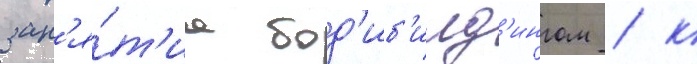
зан'я́т'иа бод'иб'илд'ингом / к